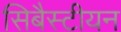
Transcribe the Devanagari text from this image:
सिबैस्टीयन